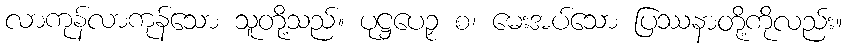
လာကုန်လာကုန်သော သူတို့သည်။ ပုဋ္ဌပေဉှ စ၊ မေးအပ်သော ပြဿနာတို့ကိုလည်း။